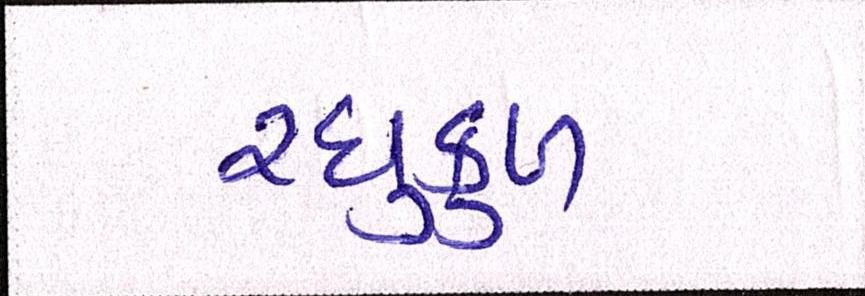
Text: રઘુકુળ